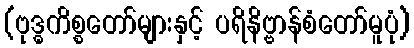
(ဗုဒ္ဓကိစ္စတော်များနှင့် ပရိနိဗ္ဗာန်စံတော်မူပုံ)